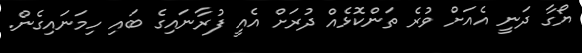
ޔޯގާ ދަނީ އެއަށް ވުރެ ތަންކޮޅެއް ދުރަށް އެއީ ފުރާނައިގެ ބައި ހިމަނައިގެން.